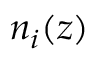
n _ { i } ( z )